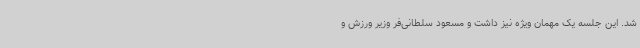
شد. این جلسه یک مهمان ویژه نیز داشت و مسعود سلطانی‌فر وزیر ورزش و